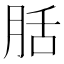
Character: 䏦